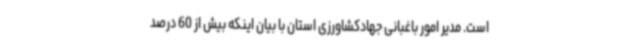
است. مدیر امور باغبانی جهادکشاورزی استان با بیان اینکه بیش از 60 درصد